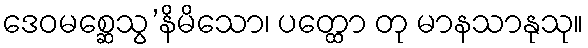
ဒေဝမစ္ဆေသွ’နိမိသော၊ ပတ္ထော တု မာနသာနုသု။